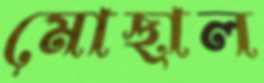
মোছাল